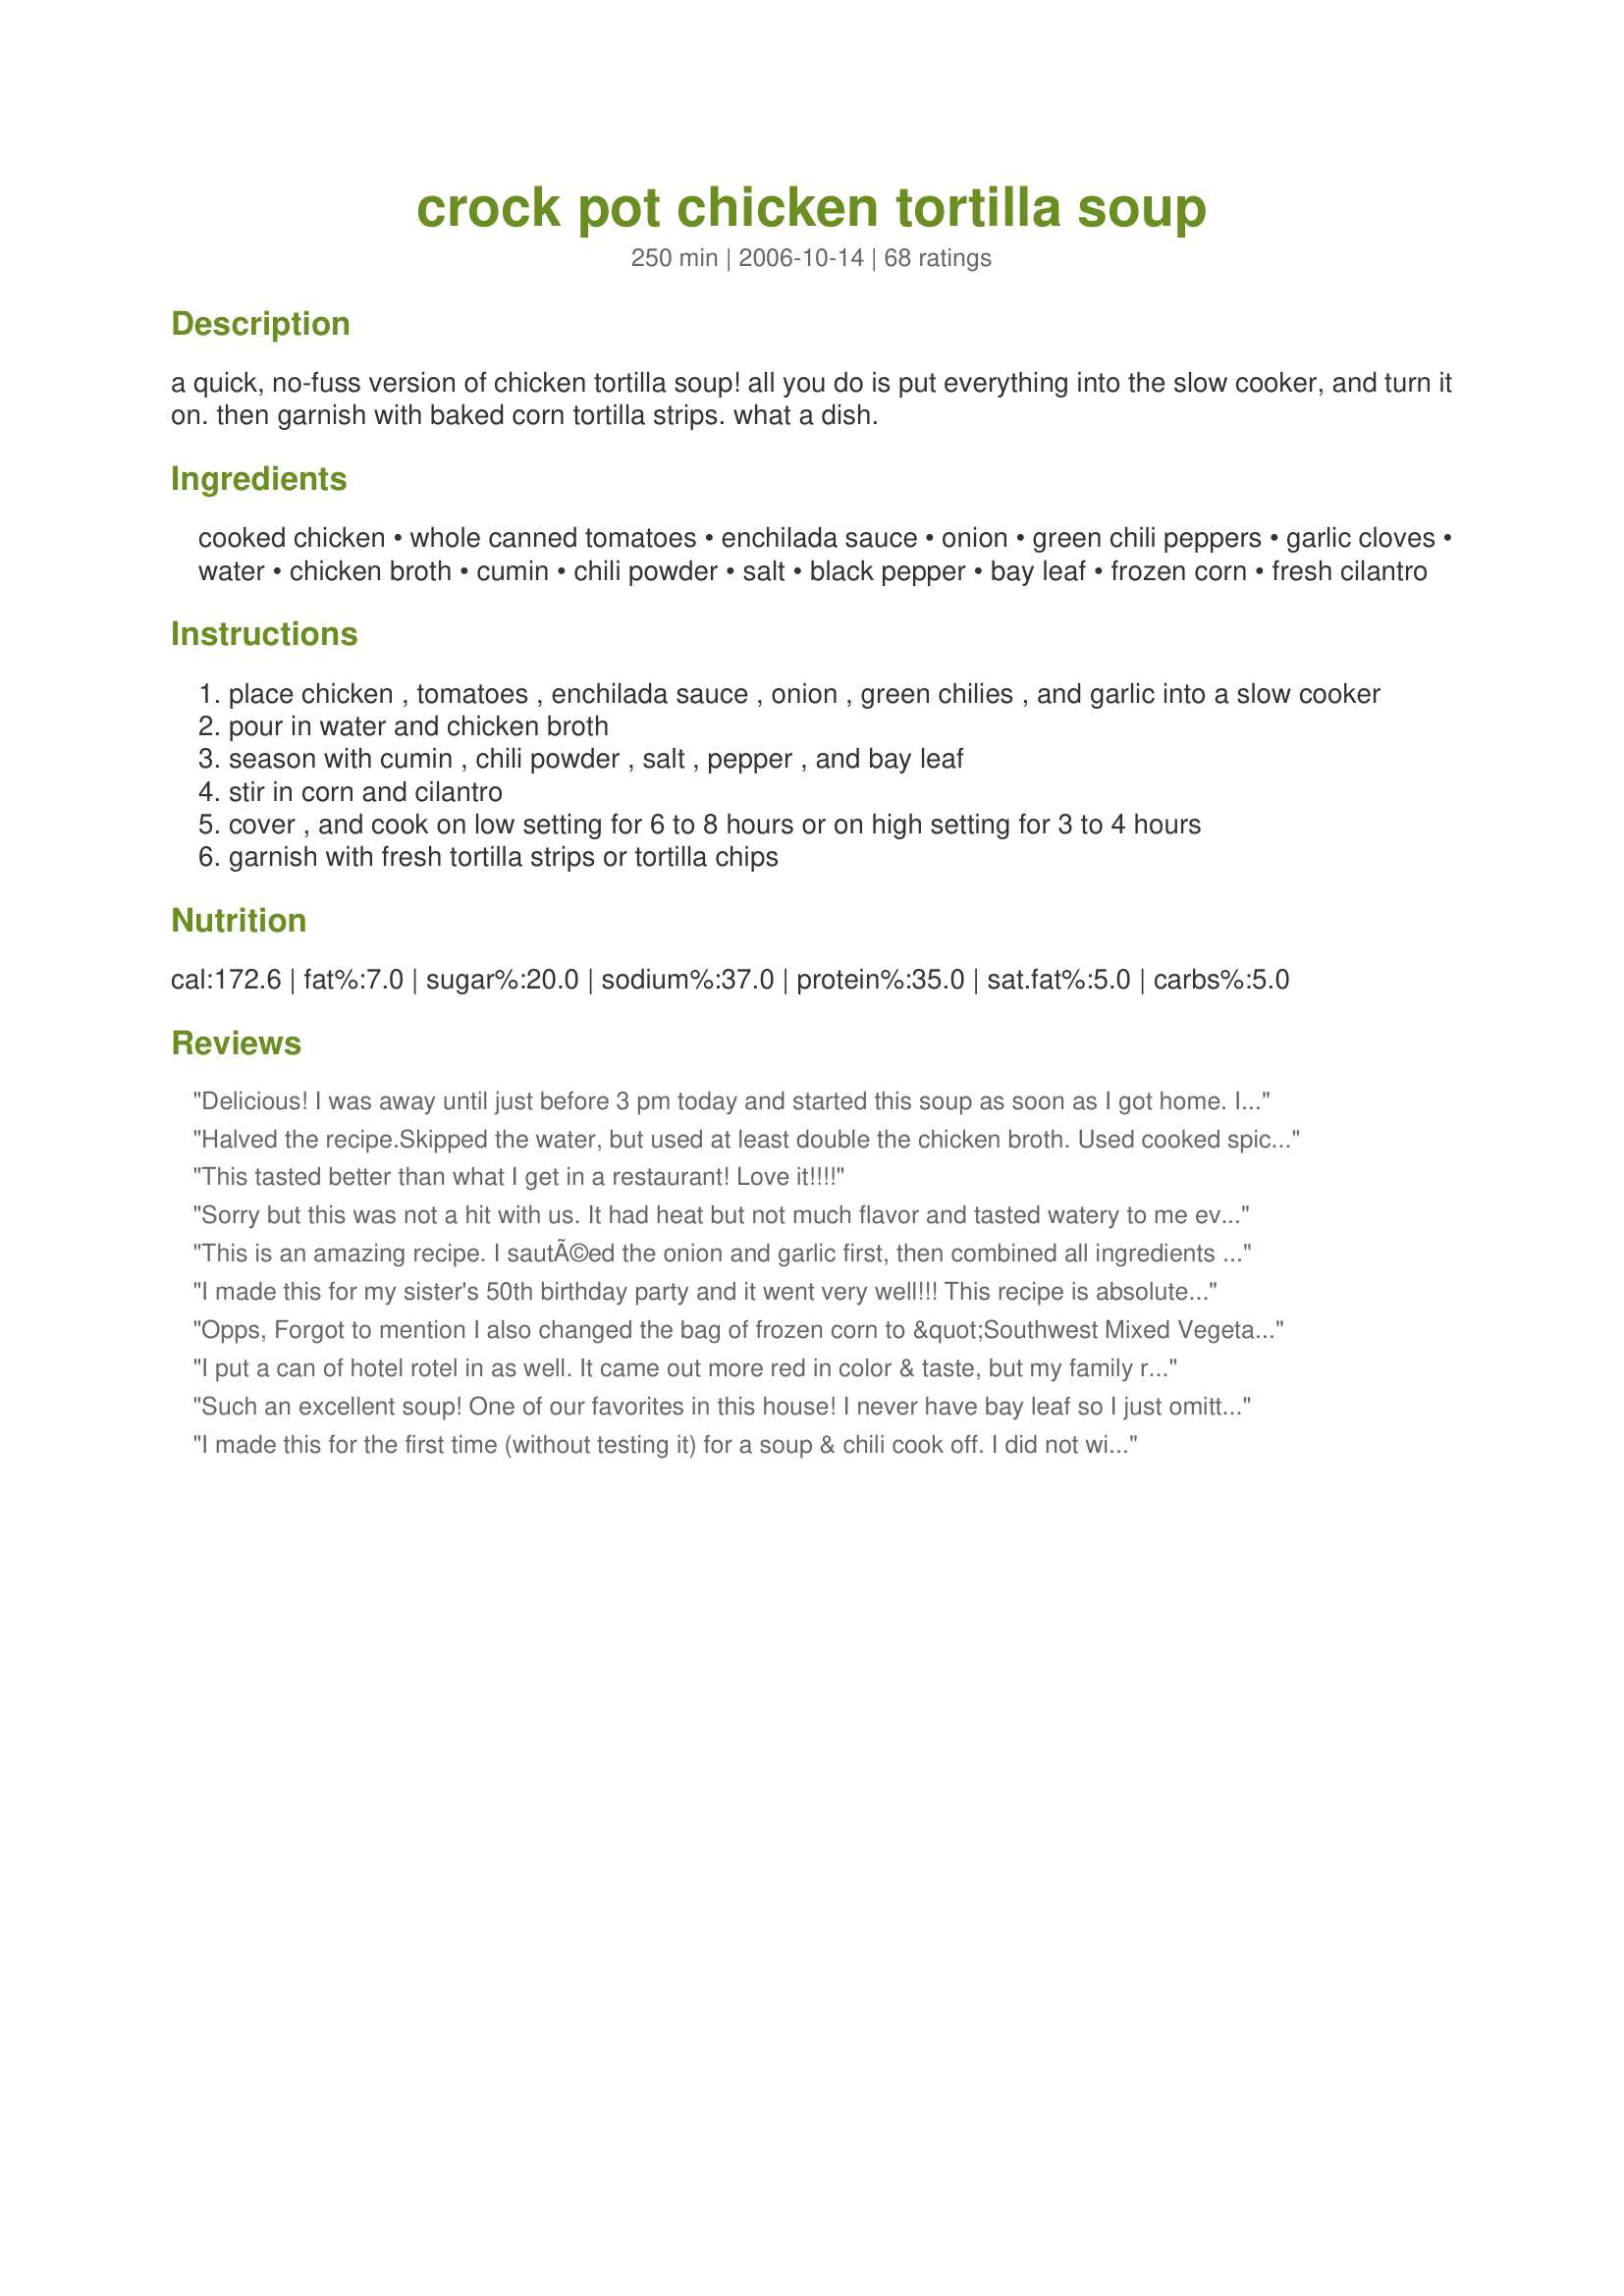
crock pot chicken tortilla soup
Preparation time: 250 minutes

a quick, no-fuss version of chicken tortilla soup! all you do is put everything into the slow cooker, and turn it on. then garnish with baked corn tortilla strips. what a dish.

Ingredients:
cooked chicken, whole canned tomatoes, enchilada sauce, onion, green chili peppers, garlic cloves, water, chicken broth, cumin, chili powder, salt, black pepper, bay leaf, frozen corn, fresh cilantro

Steps:
place chicken , tomatoes , enchilada sauce , onion , green chilies , and garlic into a slow cooker
pour in water and chicken broth
season with cumin , chili powder , salt , pepper , and bay leaf
stir in corn and cilantro
cover , and cook on low setting for 6 to 8 hours or on high setting for 3 to 4 hours
garnish with fresh tortilla strips or tortilla chips

Reviews:
Delicious! I was away until just before 3 pm today and started this soup as soon as I got home. I used the stove top to make it in about 3 hrs. I used a dry packet of enchilada sauce (made up) and a leftover half of a store bought roasted chicken. Honestly, you couldn't tell that it was made of leftover chicken. I love the low fat and sugar content. Oh yes! and I used tortilla chips. This soup and an avocado and tomato salad made a great dinner. Thanks for sharing this one V.
Halved the recipe.Skipped the water, but used at least double the chicken broth. Used cooked spicy tomatillo salsa instead of canned enchilada sauce and 1 pickled jalepeno chopped instead of the chilies. Came out very spicy and delicious.
This tasted better than what I get in a restaurant! Love it!!!!
Sorry but this was not a hit with us. It had heat but not much flavor and tasted watery to me even though I didn't add the water listed in the recipe.
This is an amazing recipe. I sautÃ©ed the onion and garlic first, then combined all ingredients on the stovetop. Simmered 30 min and it was fantastic! 5+ Stars.
I made this for my sister's 50th birthday party and it went very well!!! This recipe is absolutely delicious! The best part is that it is so simple to make. Everything is literally thrown in the crock pot and that's where the magic begins! It's great with the extra toppings but just as wonderful without! Thanks so much for this great recipe!!!
Opps, Forgot to mention I also changed the bag of frozen corn to &quot;Southwest Mixed Vegetables&quot; It has corn, black beans, bell peppers, and onions. Was perfect for this recipe.
I put a can of hotel rotel in as well. It came out more red in color & taste, but my family really loved it that way. The best part of this recipe is that you can add a little more chili powder if you like it spicy, or a little more water if less spicy. Great easy recipe. Thanks!
Such an excellent soup! One of our favorites in this house! I never have bay leaf so I just omitted that and served the corn on the side. Also consider adding just a few shakes of lime juice. Great with a side of cheese quesadillas to dip. Thank you so much for the recipe!
I made this for the first time (without testing it) for a soup & chili cook off. I did not win, but got 2nd place! I love it and my family does too. We have made it three times in the past month! Thanks for sharing!
Loved it! I have made this twice, I did not have a bay leaf either times and the second time I added black beans. Turned out great both times!!
This is great! The whole family loves it! We love to add chopped avocado to ours!
I'd say this is the best chicken tortilla soup recipe I've tried. Very yummy and who can resist crock pot easy? I followed the instructions to a T. No changes needed! Reviewed for ZWT3
I was looking for something quick and easy to make because we had just moved into a new house. I made this for my husband and kids. I was worried about the kids liking it, but they went back for seconds. My husband had me make it again the next weekend for our friends that were helping us paint. I made two crock pots and there was less than a bowl left. It was well liked! Thank you!
Very flavorful! Thanks for sharing.
Really good! Used raw chicken, which I shredded 1/2 way through the cooking time. Didn't add the corn and used 1tsp of dried cilantro, but had a yummy meal waiting for us when we got home from a VERY COLD game. Served with sour cream and baked tortilla chips. Thanks!
This was so good and easy to make! I usually make a thicker, cheesier version that requires more preparation, but liked this one just ask much. I added the raw chicken breasts to the crock pot like others suggested and then shredded it when the soup was close to done. I used a can of diced fire roasted tomatoes with garlic and really liked the flavor they added. One other addition was to add 5 torn up corn tortillas with all the other ingredients. They added a lot of flavor and thickened the soup up a bit. The other recipe I make has 10-12 tortillas but I just wanted to thicken it a little. Looking forward to another bowl today for lunch!
Three words: OH MY GOD! This was excellent. I had this cooking over night and had it for lunch and dinner with my husband. When it was all gone he wanted me to make some more for the next day. The only thing I changed was I added ~1/2 tsp chili powder instead of 1 teaspoon. Thank you for the recipe.
Excellent, easy soup. It totally grows on you. I ate two bowls and the second was even better than the first. I cut the amt of chili powder in half and it still turned out spicy. Gotta add the dollop of sour cream (or plain Greek yogurt like we did)!
I just wrote this all out to add to the site and had to make sure it wasn't already here... here it is! 
Excellent recipe! I use store bought chips with this and sometimes bread... change nothing else.
Made exactly as written, this was well liked by my family. We all had the same complaint though, too much heat. I will make it again but will halve the spices or perhaps use taco seasoning. I used two cups of leftover T-day turkey and cooked it for four hours.
I enjoyed this, but my kids thought it was too spicy. I'll make it more mild next time. But, will make it again to enjoy!
This was amazing! I used a rotisserie chicken from the grocery store, probably a little less than a pound but it was plenty. Followed the recipe except only 1/2 an onion (I love the flavor but don't like to eat a lot of them). I'll make this all the time, it was so easy! It was ready early because my crockpot is 6 qt.
Didn't see my previous review and wanted to make sure it got posted. I loved this recipe. I made it exactly as listed with the exception of substituting 1/2 c. milk for the water. I also bumped up the spices since I'm from the Southwest and love spicy food! This was absolutely delicious!
seriously yummy stuff. i also used raw chicken and shredded it halfway through, like a couple others. thanks for this excellent, easy recipe.
Great Soup. I did it on the stove as I started too late for the Crock Pot and it came out fine. I used homemade chicken broth which really adds to the flavor of any soup. The only thing I would do different next time is add a can of black beans. I didn't make the tortillas for the top. I just served it with quesedillas instead. I will deffinately make it again.
Finally! This was the perfect chicken Tortilla soup :) I've been looking for one that i really liked and this was right on! I used a small can of tomato paste instead of the tomatoes in preference(with some added water) and added black beans as others had. Since i was cooking it on low i threw in the chicken breasts uncooked and shredded them later, this was a really good way to do it :) Before serving i cooked in 8oz cubed velveeta cheese and 1/2 cup pulverized tortilla chips to thicken. I would suggest these last two additions if you like a thick and cheesy version of an otherwise still great soup :)
This was OK, but I'd like to make it less soupy with a thicker base. Next time, I'll try adding some cornstarch to thicken. My bean-loving side told me to add 1/2 can of black beans while this cooked. The beans really gave the soup a nice contrast to the yellow corn and red sauce.
Amazing and so easy. My picky husband even at it! 7-24-16 I have been making this for YEARS!! a tip for picky eaters aka kids - I blend up the non-chicken ingredients before or after cooking so my 7 year old has no clue she is eating vegetables. We have also taken a non-blended version, drained the liquid and used it to make insane loaded nachos. 1-3-09 Update I have lost count of how many times I have made this. I add frozen chicken to the soup and shred an hour before serving and I usually omit the water.
My husband likes this.
I had so much fun makeing this. This was very easy to make and tasted delicious. The thing I liked most was how quick it all came together. It took no time at all but tasted like I cooked hours. This was a great soup, and it was even better the next day. I will definitely keep this in the rotation during winter. Made for Fall PAC 2007.
This was a nice basic recipe. We eyeballed the shredded chicken. I had some Recipe #4957 so before freezing it, I grabbed a big handful! I would make next time with 2 cans of enchilada sauce...personal preference but otherwise wouldn't change a thing. This was hearty enough for a good dinner. Thanks V
This is an awesome chicken tortilla soup. I use a can of roasted tomatoes which I mashed, red chili sauce in place of enchilada sauce (I prefer that taste) and just eyeballed the amount of chicken, which was probably more than a pound. I didn't prepare my own tortillas, I used broken tortilla chips instead, and it worked great. This recipe went together very quickly and tasted wonderful. It makes a lot so I froze a batch for another day, and kept a batch in the fridge for today's lunch. Thanks Chef Vseward for a super recipe. This will be made often in my home.
This Tortilla soup was excellent! I've never made this type of soup before and I was impressed with how simple it was. This had the perfect amount of heat to it as well.. Simple to make, and GREAT! Next time I will definately DOUBLE the recipe! This went fast!
I live in Austin and LOVE how chicken tortilla soup is different at every restaurant. I was skeptical about this reciepe but it was WONDERFUL and tasted very authentic. Very easy to make. I also added a can of drained black beans for fiber. My 4 year old loves it. We top with a little cheese and sliced avocado. This quickly became one of our favorite comfort food recipes. Thank you so much for sharing!
I would make this 5 stars with my changes. I thought I had chili powder, but didn't. So instead used about 1-1/2 Tbs peppers in adobo (pureed) and instead of adding corn, I added drained and rinsed black beans. It was delicious topped with sour cream, shredded cheese, crushed tortillas, avocado, sliced black olives, etc. Very easy and will definitely do this one again!
Awesome Awesome! This was so good! Thank you for posting. I followed the recipe exactly and it turned out perfect!
awesome and easy!! i used a poblano pepper and a red bell pepper. i omitted the corn. i went with avacado, sliced green onions cheese and baked tortilla strips for the toppings. served with taco salads. thanks for the keeper!!!
This was really hearty and satisfying but healthy at the same time! The only change I made was to add hot chili powder and some extra hot sauce. Yummy! Thanks Chef V!
very good recipe!! Yummy and hubby loves it. thanks!!
This soup was delicious! Thanks for posting a healthy and yummy meal! I topped with sliced avocado instead of sour cream. Will definitely be a favorite!
This soup was wonderful! I am always looking for a light soup for rainy days and this one was perfect. I also learned a trick for shredding the chicken: after boiling, use your kitchen aid mixer and paddle attachment -- put on low for around 30 seconds and it shreds perfectly. This soup is definitely a make again!
Great tortilla soup! I used a jar of taco sauce, rather than enchilada sauce, and added some cut up celery and carrots to the mix (rather than green chili peppers), as well & added some cut up corn tortillas in the last hour... So delicious!!! Top with avacado for an extra yummy touch!! Thanks for the awesome recipe!
I put my chicken breasts in partially frozen and shredded the chicken the last hour of cooking. Also, I had to use taco sauce instead enchilada -- not sure what the difference is, but it was good!
Very, Very good.
WOW! This was awesome! I only had crushed tomatoes so rather than head to the store for the mashed up whole tomatoes, I used that. It is somewhat more of a sauce (the crushed tomatoes) versus the actual tomatoe but certainly didn't hurt the flavor at all. This is absolutely delicious. I threw some chicken breast strips in a pot of boiling water while the kids ate their breakfast. By the time they were getting ready to head out te door I was shredding it and throwing it into the crockpot. From stove to pit it took me 12 minutes. What an awesome meal! Thanks Chef-V! This will be in our family for years to come. I also served it to my "conneseur" of tortilla soup which is my cooking buddy. This is his favorite meal so I was a little worried. He loved it and asked for a cc of the recipe.
This is so delicious and the best part is that it's so easy. This is going into the recipe rotation for sure, especially when fall comes!! We added a touch of sour cream on top and a little bit of cheese and yum-yum!!!
Easy and good.
This was very flavorful but too watery for me. I will definitely make it again, but will leave out the water and just use the enchilada sauce and chicken broth so it's a thicker consistency. Thanks!
Made as directed with the following exceptions: used 4 large chicken breasts cooked and shredded, 2 cans Rotel Mexican flavor, 19oz can Las Palmas medium spice enchilada sauce, a bit more cumin and chili piwder and 2 cans chicken stock. I made this on the stove top and thought I could simmer it on medium high for 2-2.5 hours - watch closely if you do this as I dried mine out which is why I added the second can of chix stock and more water. STILL TURNED OUT fab, I ate mine with cheese, sour cream and corn chips...family ate theirs with cheese, sour cream and tortillas asd filling. Will make again - easy and YUMMY!!!! Thanks for posting! ***Went to Market Tag***
This was pretty good. 2 of the 3 people eating tonight would like to see it on the menu regularly. I served it with garden side salads.

Thanks so much!
Yum! Made exactly as posted and my SIL John insisted on taking rest of the pot home. Had to use whole cumin since I was out of ground and you didn't specify. Served with baked tortilla chips. ZWT3
Super Tasty, Super Easy.

I added some reduced fat cream cheese to make it creamy, but I probably won't next time. It's got plenty of flavor and doesn't need the extra fat!
Followed the recipe exactly & it was wonderful!
Sorry, I'm not giving this five stars, but it wasn't something I would make again, but, it wasn't bad, either. I guess we are still hooked on the "Skinny tortilla soup" from Taste of Home, it is very easy and creamier(you add refried beans).
This soup is amazing in every way! My entire family enjoyed eating this delicious and flavorful soup--even my picky 10 year old. I did not change a thing with this recipe; it is perfect as is. Thanks for a wonderful, winter meal tonight V.
YUM! WOW! I absolutely LOVE this. it was so easy I whipped it all up on my lunch break and then it was ready for dinner when I got home! my hubby, who never, ever touches "healthy" food loved this, so you earn 10 stars if I could give you that many!! looking forward to making this a LOT. I topped mine off with sour cream and avocados.... yum!! thanks for a keeper!
We really enjoyed this soup. It was quick and simple to put together and great to come home to dinner to. I did use only 1/2 cup water and that was perfect for us. I garnished it with the tortilla strips. Made for ZWT3 2007.
This soup was very good and very easy to make as well. Definitely a keeper! We topped it crisped flour tortilla strips and some shredded cheddar cheese. Yum!
Wonderful & easy. I didn't have canned tomatos so processed about 5 in the blender, added juice from 1 fresh lime, and a can of black beans. YUMMY!! Loved this soup.
This was great.
Super easy and everyone enjoyed. I did substitute some leftover grilled salmon for the chicken and that was a nice change. The only change I will make next time is to add 2 cans enchilada sauce as we really like the flavor. Thanks for a good soup!
WOW!!!!!! This was AMAZING. I saw the list of ingredients and thought this looked too easy to be as good as all the reviews said. It literally took me about 10 minutes to throw everything into a pot (I didn't have enough time to use a crockpot) and I think shredding the rotisserie chicken took the longest time. I used a little under half a roasted chicken and upped the garlic to about 7 cloves. I let it simmer on the stove for about 2 hours and served it with shredded cheese and sour cream for garnish. YUM! My husband said this one's going into regular rotation :) Tastes very complex but so easy to make! Thanks for sharing such an awesome recipe!
What can I say that hasn't already been said?? What a wonderful soup! We really enjoyed it. I sent some to my neighbor, she wasn't feeling to chipper, and she said it made her feel soooo much better. Easy to put together and served with crushed tortilla chips, cheese and sour cream. Husband wants it again tonight...cool...no cooking for this old gal. Thanks for sharing.
Easy and yummy! I used green enchilada sauce b/c that's what I had! I also used fire-roasted diced tomatoes. Garnished with chopped cilantro and lime juice. Took the lazy way out and just crushed some tortilla chips on top instead of baking my own tortilla strips.
This recipe is super yummy! I've been meaning to write this review, I've made it a few times already and each time it gets more delicious! I had to cook for 25 guests and they were all raving about it..made me feel awesome since I'm barely learning how to cook. I love food.com it makes cooking so easy and thanks to all these wonderful cooks to share their recipes with us! If anyone wants to make a yummy Mexican soup this is the one to try, you won't regret it! :)
This is a very good recipe. For our tastes, I added some diced jalapenos, cayenne, a little more cilantro, and extra garlic. It turned out great and everyone loved it. Great for convenience and it's pretty healthy! What more could you ask for.
This was outrageously good. I tweaked it to my liking and came up with this for my large 6 qt crock:

4 1/2 to 5 1/2 lb uncooked chicked
1 large can whole tomatoes
1 large can enchilada sauce
1 large onion
1 bunch cilantro
4 garlic cloves
1 jalapeno seeded and skeined
1 bay leaf
1 large potato
3/4 tbsp cumin/chili powder/oregano/pepper/salt/garlic powder
1 can BEEF broth
1 can corn 
1 can 

1. Layer chicken potato, tomato's, half the cilantro (stems too), spices, onion, bay leaf into pot.

2. Pour in broth and enchilada sauce.

4. Cook on high for 4 hours, take chicken out shred and de-bone or slice if boneless/skinless then put back in pot.

5. Stir in corn and pinto beans and simmer on low for another hour.

6. Top with cilantro and be ready to take your taste buds to heaven!
Very good! I didn't have enchilada sauce, so I threw in an entire 28 oz can of mashed tomatoes (instead of the called-for 15 oz can). I also added an extra tbsp of chili powder, 1/2 tsp cumin, 1/2 tsp salt and a pinch of garlic powder. This is on top of the other spices already in the recipe! Garnished the soup with green onion and sour cream... Delish!
